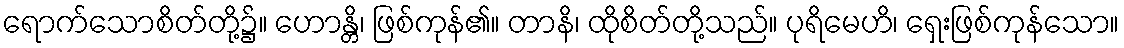
ရောက်သောစိတ်တို့၌။ ဟောန္တိ၊ ဖြစ်ကုန်၏။ တာနိ၊ ထိုစိတ်တို့သည်။ ပုရိမေဟိ၊ ရှေးဖြစ်ကုန်သော။